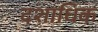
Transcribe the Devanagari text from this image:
दशाधिक